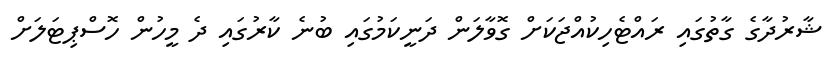
ޝާރުދާގެ ގާތުގައި ރައްޓެހިކުއްޖަކަށް ގޮވާލަން ދަނީކަމުގައި ބުނެ ކާރުގައި ދެ މީހުން ހޮސްޕިޓަލަށް